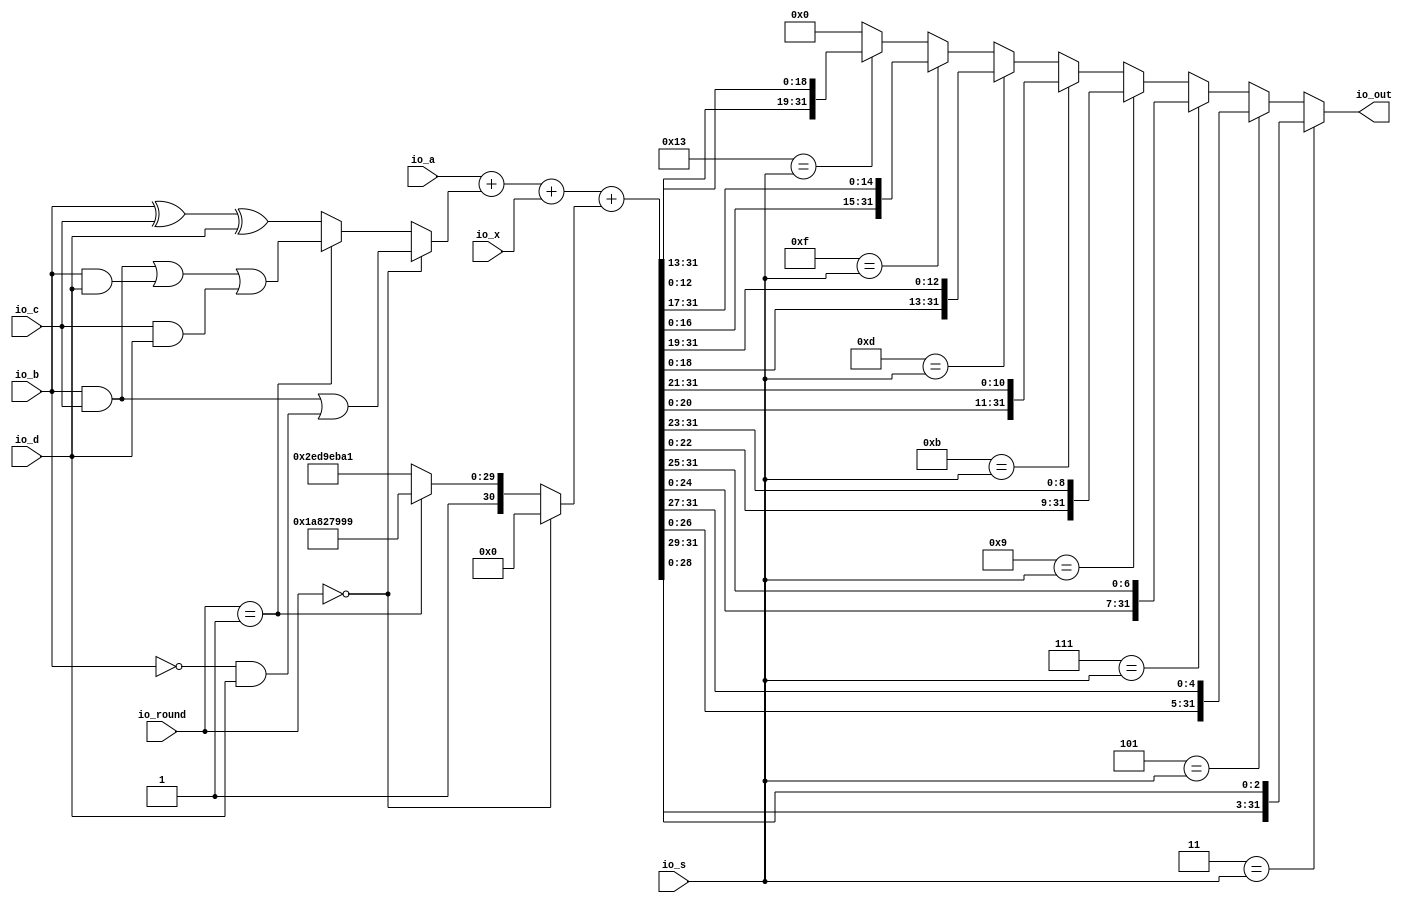
module Operation(
  input  [31:0] io_a,
  input  [31:0] io_b,
  input  [31:0] io_c,
  input  [31:0] io_d,
  input  [31:0] io_x,
  input  [4:0]  io_s,
  input  [1:0]  io_round,
  output [31:0] io_out
);
  wire [31:0] _T = io_b & io_c; // @[MD4FSM.scala 179:14]
  wire [31:0] _T_1 = ~io_b; // @[MD4FSM.scala 179:26]
  wire [31:0] _T_2 = _T_1 & io_d; // @[MD4FSM.scala 179:40]
  wire [31:0] F = _T | _T_2; // @[MD4FSM.scala 179:22]
  wire [31:0] _T_5 = io_b & io_d; // @[MD4FSM.scala 180:30]
  wire [31:0] _T_6 = _T | _T_5; // @[MD4FSM.scala 180:22]
  wire [31:0] _T_7 = io_c & io_d; // @[MD4FSM.scala 180:46]
  wire [31:0] G = _T_6 | _T_7; // @[MD4FSM.scala 180:38]
  wire [31:0] _T_9 = io_b ^ io_c; // @[MD4FSM.scala 181:13]
  wire [31:0] H = _T_9 ^ io_d; // @[MD4FSM.scala 181:20]
  wire [31:0] _GEN_0 = io_round == 2'h1 ? G : H; // @[MD4FSM.scala 188:33 MD4FSM.scala 189:15 MD4FSM.scala 192:15]
  wire [31:0] operation = io_round == 2'h0 ? F : _GEN_0; // @[MD4FSM.scala 185:26 MD4FSM.scala 186:15]
  wire [31:0] _T_12 = io_a + operation; // @[MD4FSM.scala 183:15]
  wire [31:0] _T_14 = _T_12 + io_x; // @[MD4FSM.scala 183:27]
  wire [30:0] _GEN_1 = io_round == 2'h1 ? 31'h5a827999 : 31'h6ed9eba1; // @[MD4FSM.scala 188:33 MD4FSM.scala 190:11 MD4FSM.scala 193:11]
  wire [30:0] _GEN_3 = io_round == 2'h0 ? 31'h0 : _GEN_1; // @[MD4FSM.scala 185:26 MD4FSM.scala 187:11]
  wire [31:0] const_ = {{1'd0}, _GEN_3}; // @[MD4FSM.scala 176:19]
  wire [31:0] sum = _T_14 + const_; // @[MD4FSM.scala 183:34]
  wire  _T_19 = 5'h3 == io_s; // @[Conditional.scala 37:30]
  wire [28:0] hi = sum[28:0]; // @[MD4FSM.scala 199:24]
  wire [2:0] lo = sum[31:29]; // @[MD4FSM.scala 199:36]
  wire [31:0] _T_20 = {hi,lo}; // @[Cat.scala 30:58]
  wire  _T_21 = 5'h5 == io_s; // @[Conditional.scala 37:30]
  wire [26:0] hi_1 = sum[26:0]; // @[MD4FSM.scala 202:24]
  wire [4:0] lo_1 = sum[31:27]; // @[MD4FSM.scala 202:36]
  wire [31:0] _T_22 = {hi_1,lo_1}; // @[Cat.scala 30:58]
  wire  _T_23 = 5'h7 == io_s; // @[Conditional.scala 37:30]
  wire [24:0] hi_2 = sum[24:0]; // @[MD4FSM.scala 205:24]
  wire [6:0] lo_2 = sum[31:25]; // @[MD4FSM.scala 205:36]
  wire [31:0] _T_24 = {hi_2,lo_2}; // @[Cat.scala 30:58]
  wire  _T_25 = 5'h9 == io_s; // @[Conditional.scala 37:30]
  wire [22:0] hi_3 = sum[22:0]; // @[MD4FSM.scala 208:24]
  wire [8:0] lo_3 = sum[31:23]; // @[MD4FSM.scala 208:36]
  wire [31:0] _T_26 = {hi_3,lo_3}; // @[Cat.scala 30:58]
  wire  _T_27 = 5'hb == io_s; // @[Conditional.scala 37:30]
  wire [20:0] hi_4 = sum[20:0]; // @[MD4FSM.scala 211:24]
  wire [10:0] lo_4 = sum[31:21]; // @[MD4FSM.scala 211:36]
  wire [31:0] _T_28 = {hi_4,lo_4}; // @[Cat.scala 30:58]
  wire  _T_29 = 5'hd == io_s; // @[Conditional.scala 37:30]
  wire [18:0] hi_5 = sum[18:0]; // @[MD4FSM.scala 214:24]
  wire [12:0] lo_5 = sum[31:19]; // @[MD4FSM.scala 214:36]
  wire [31:0] _T_30 = {hi_5,lo_5}; // @[Cat.scala 30:58]
  wire  _T_31 = 5'hf == io_s; // @[Conditional.scala 37:30]
  wire [16:0] hi_6 = sum[16:0]; // @[MD4FSM.scala 217:24]
  wire [14:0] lo_6 = sum[31:17]; // @[MD4FSM.scala 217:36]
  wire [31:0] _T_32 = {hi_6,lo_6}; // @[Cat.scala 30:58]
  wire  _T_33 = 5'h13 == io_s; // @[Conditional.scala 37:30]
  wire [12:0] hi_7 = sum[12:0]; // @[MD4FSM.scala 220:24]
  wire [18:0] lo_7 = sum[31:13]; // @[MD4FSM.scala 220:36]
  wire [31:0] _T_34 = {hi_7,lo_7}; // @[Cat.scala 30:58]
  wire [31:0] _GEN_4 = _T_33 ? _T_34 : 32'h0; // @[Conditional.scala 39:67 MD4FSM.scala 220:14 MD4FSM.scala 196:10]
  wire [31:0] _GEN_5 = _T_31 ? _T_32 : _GEN_4; // @[Conditional.scala 39:67 MD4FSM.scala 217:14]
  wire [31:0] _GEN_6 = _T_29 ? _T_30 : _GEN_5; // @[Conditional.scala 39:67 MD4FSM.scala 214:14]
  wire [31:0] _GEN_7 = _T_27 ? _T_28 : _GEN_6; // @[Conditional.scala 39:67 MD4FSM.scala 211:14]
  wire [31:0] _GEN_8 = _T_25 ? _T_26 : _GEN_7; // @[Conditional.scala 39:67 MD4FSM.scala 208:14]
  wire [31:0] _GEN_9 = _T_23 ? _T_24 : _GEN_8; // @[Conditional.scala 39:67 MD4FSM.scala 205:14]
  wire [31:0] _GEN_10 = _T_21 ? _T_22 : _GEN_9; // @[Conditional.scala 39:67 MD4FSM.scala 202:14]
  assign io_out = _T_19 ? _T_20 : _GEN_10; // @[Conditional.scala 40:58 MD4FSM.scala 199:14]
endmodule
module MappingX(
  input  [511:0] io_X,
  input  [1:0]   io_round,
  input  [4:0]   io_oper,
  output [31:0]  io_out
);
  wire  _T = 2'h0 == io_round; // @[Conditional.scala 37:30]
  wire  _T_1 = 5'h0 == io_oper; // @[Conditional.scala 37:30]
  wire  _T_3 = 5'h1 == io_oper; // @[Conditional.scala 37:30]
  wire  _T_5 = 5'h2 == io_oper; // @[Conditional.scala 37:30]
  wire  _T_7 = 5'h3 == io_oper; // @[Conditional.scala 37:30]
  wire  _T_9 = 5'h4 == io_oper; // @[Conditional.scala 37:30]
  wire  _T_11 = 5'h5 == io_oper; // @[Conditional.scala 37:30]
  wire  _T_13 = 5'h6 == io_oper; // @[Conditional.scala 37:30]
  wire  _T_15 = 5'h7 == io_oper; // @[Conditional.scala 37:30]
  wire  _T_17 = 5'h8 == io_oper; // @[Conditional.scala 37:30]
  wire  _T_19 = 5'h9 == io_oper; // @[Conditional.scala 37:30]
  wire  _T_21 = 5'ha == io_oper; // @[Conditional.scala 37:30]
  wire  _T_23 = 5'hb == io_oper; // @[Conditional.scala 37:30]
  wire  _T_25 = 5'hc == io_oper; // @[Conditional.scala 37:30]
  wire  _T_27 = 5'hd == io_oper; // @[Conditional.scala 37:30]
  wire  _T_29 = 5'he == io_oper; // @[Conditional.scala 37:30]
  wire [31:0] _GEN_1 = _T_29 ? io_X[63:32] : io_X[31:0]; // @[Conditional.scala 39:67 MD4FSM.scala 282:18]
  wire [31:0] _GEN_2 = _T_27 ? io_X[95:64] : _GEN_1; // @[Conditional.scala 39:67 MD4FSM.scala 279:18]
  wire [31:0] _GEN_3 = _T_25 ? io_X[127:96] : _GEN_2; // @[Conditional.scala 39:67 MD4FSM.scala 276:18]
  wire [31:0] _GEN_4 = _T_23 ? io_X[159:128] : _GEN_3; // @[Conditional.scala 39:67 MD4FSM.scala 273:18]
  wire [31:0] _GEN_5 = _T_21 ? io_X[191:160] : _GEN_4; // @[Conditional.scala 39:67 MD4FSM.scala 270:18]
  wire [31:0] _GEN_6 = _T_19 ? io_X[223:192] : _GEN_5; // @[Conditional.scala 39:67 MD4FSM.scala 267:18]
  wire [31:0] _GEN_7 = _T_17 ? io_X[255:224] : _GEN_6; // @[Conditional.scala 39:67 MD4FSM.scala 264:18]
  wire [31:0] _GEN_8 = _T_15 ? io_X[287:256] : _GEN_7; // @[Conditional.scala 39:67 MD4FSM.scala 261:18]
  wire [31:0] _GEN_9 = _T_13 ? io_X[319:288] : _GEN_8; // @[Conditional.scala 39:67 MD4FSM.scala 258:18]
  wire [31:0] _GEN_10 = _T_11 ? io_X[351:320] : _GEN_9; // @[Conditional.scala 39:67 MD4FSM.scala 255:18]
  wire [31:0] _GEN_11 = _T_9 ? io_X[383:352] : _GEN_10; // @[Conditional.scala 39:67 MD4FSM.scala 252:18]
  wire [31:0] _GEN_12 = _T_7 ? io_X[415:384] : _GEN_11; // @[Conditional.scala 39:67 MD4FSM.scala 249:18]
  wire [31:0] _GEN_13 = _T_5 ? io_X[447:416] : _GEN_12; // @[Conditional.scala 39:67 MD4FSM.scala 246:18]
  wire [31:0] _GEN_14 = _T_3 ? io_X[479:448] : _GEN_13; // @[Conditional.scala 39:67 MD4FSM.scala 243:18]
  wire [31:0] _GEN_15 = _T_1 ? io_X[511:480] : _GEN_14; // @[Conditional.scala 40:58 MD4FSM.scala 240:18]
  wire  _T_33 = 2'h1 == io_round; // @[Conditional.scala 37:30]
  wire [31:0] _GEN_17 = _T_29 ? io_X[159:128] : io_X[31:0]; // @[Conditional.scala 39:67 MD4FSM.scala 334:18]
  wire [31:0] _GEN_18 = _T_27 ? io_X[287:256] : _GEN_17; // @[Conditional.scala 39:67 MD4FSM.scala 331:18]
  wire [31:0] _GEN_19 = _T_25 ? io_X[415:384] : _GEN_18; // @[Conditional.scala 39:67 MD4FSM.scala 328:18]
  wire [31:0] _GEN_20 = _T_23 ? io_X[63:32] : _GEN_19; // @[Conditional.scala 39:67 MD4FSM.scala 325:18]
  wire [31:0] _GEN_21 = _T_21 ? io_X[191:160] : _GEN_20; // @[Conditional.scala 39:67 MD4FSM.scala 322:18]
  wire [31:0] _GEN_22 = _T_19 ? io_X[319:288] : _GEN_21; // @[Conditional.scala 39:67 MD4FSM.scala 319:18]
  wire [31:0] _GEN_23 = _T_17 ? io_X[447:416] : _GEN_22; // @[Conditional.scala 39:67 MD4FSM.scala 316:18]
  wire [31:0] _GEN_24 = _T_15 ? io_X[95:64] : _GEN_23; // @[Conditional.scala 39:67 MD4FSM.scala 313:18]
  wire [31:0] _GEN_25 = _T_13 ? io_X[223:192] : _GEN_24; // @[Conditional.scala 39:67 MD4FSM.scala 310:18]
  wire [31:0] _GEN_26 = _T_11 ? io_X[351:320] : _GEN_25; // @[Conditional.scala 39:67 MD4FSM.scala 307:18]
  wire [31:0] _GEN_27 = _T_9 ? io_X[479:448] : _GEN_26; // @[Conditional.scala 39:67 MD4FSM.scala 304:18]
  wire [31:0] _GEN_28 = _T_7 ? io_X[127:96] : _GEN_27; // @[Conditional.scala 39:67 MD4FSM.scala 301:18]
  wire [31:0] _GEN_29 = _T_5 ? io_X[255:224] : _GEN_28; // @[Conditional.scala 39:67 MD4FSM.scala 298:18]
  wire [31:0] _GEN_30 = _T_3 ? io_X[383:352] : _GEN_29; // @[Conditional.scala 39:67 MD4FSM.scala 295:18]
  wire [31:0] _GEN_31 = _T_1 ? io_X[511:480] : _GEN_30; // @[Conditional.scala 40:58 MD4FSM.scala 292:18]
  wire [31:0] _GEN_33 = _T_29 ? io_X[287:256] : io_X[31:0]; // @[Conditional.scala 39:67 MD4FSM.scala 386:18]
  wire [31:0] _GEN_34 = _T_27 ? io_X[159:128] : _GEN_33; // @[Conditional.scala 39:67 MD4FSM.scala 383:18]
  wire [31:0] _GEN_35 = _T_25 ? io_X[415:384] : _GEN_34; // @[Conditional.scala 39:67 MD4FSM.scala 380:18]
  wire [31:0] _GEN_36 = _T_23 ? io_X[95:64] : _GEN_35; // @[Conditional.scala 39:67 MD4FSM.scala 377:18]
  wire [31:0] _GEN_37 = _T_21 ? io_X[351:320] : _GEN_36; // @[Conditional.scala 39:67 MD4FSM.scala 374:18]
  wire [31:0] _GEN_38 = _T_19 ? io_X[223:192] : _GEN_37; // @[Conditional.scala 39:67 MD4FSM.scala 371:18]
  wire [31:0] _GEN_39 = _T_17 ? io_X[479:448] : _GEN_38; // @[Conditional.scala 39:67 MD4FSM.scala 368:18]
  wire [31:0] _GEN_40 = _T_15 ? io_X[63:32] : _GEN_39; // @[Conditional.scala 39:67 MD4FSM.scala 365:18]
  wire [31:0] _GEN_41 = _T_13 ? io_X[319:288] : _GEN_40; // @[Conditional.scala 39:67 MD4FSM.scala 362:18]
  wire [31:0] _GEN_42 = _T_11 ? io_X[191:160] : _GEN_41; // @[Conditional.scala 39:67 MD4FSM.scala 359:18]
  wire [31:0] _GEN_43 = _T_9 ? io_X[447:416] : _GEN_42; // @[Conditional.scala 39:67 MD4FSM.scala 356:18]
  wire [31:0] _GEN_44 = _T_7 ? io_X[127:96] : _GEN_43; // @[Conditional.scala 39:67 MD4FSM.scala 353:18]
  wire [31:0] _GEN_45 = _T_5 ? io_X[383:352] : _GEN_44; // @[Conditional.scala 39:67 MD4FSM.scala 350:18]
  wire [31:0] _GEN_46 = _T_3 ? io_X[255:224] : _GEN_45; // @[Conditional.scala 39:67 MD4FSM.scala 347:18]
  wire [31:0] _GEN_47 = _T_1 ? io_X[511:480] : _GEN_46; // @[Conditional.scala 40:58 MD4FSM.scala 344:18]
  wire [31:0] _GEN_49 = _T_33 ? _GEN_31 : _GEN_47; // @[Conditional.scala 39:67]
  assign io_out = _T ? _GEN_15 : _GEN_49; // @[Conditional.scala 40:58]
endmodule
module changeWordOrder(
  input  [31:0] io_in,
  output [31:0] io_out
);
  wire [7:0] byte0 = io_in[7:0]; // @[MD4FSM.scala 420:17]
  wire [7:0] byte1 = io_in[15:8]; // @[MD4FSM.scala 421:17]
  wire [7:0] byte2 = io_in[23:16]; // @[MD4FSM.scala 422:17]
  wire [7:0] byte3 = io_in[31:24]; // @[MD4FSM.scala 423:17]
  wire [15:0] lo = {byte2,byte3}; // @[Cat.scala 30:58]
  wire [15:0] hi = {byte0,byte1}; // @[Cat.scala 30:58]
  assign io_out = {hi,lo}; // @[Cat.scala 30:58]
endmodule
module changeWordsOrder(
  input  [511:0] io_in,
  output [511:0] io_out
);
  wire [31:0] changeWordOrder_io_in; // @[MD4FSM.scala 403:11]
  wire [31:0] changeWordOrder_io_out; // @[MD4FSM.scala 403:11]
  wire [31:0] changeWordOrder_1_io_in; // @[MD4FSM.scala 403:11]
  wire [31:0] changeWordOrder_1_io_out; // @[MD4FSM.scala 403:11]
  wire [31:0] changeWordOrder_2_io_in; // @[MD4FSM.scala 403:11]
  wire [31:0] changeWordOrder_2_io_out; // @[MD4FSM.scala 403:11]
  wire [31:0] changeWordOrder_3_io_in; // @[MD4FSM.scala 403:11]
  wire [31:0] changeWordOrder_3_io_out; // @[MD4FSM.scala 403:11]
  wire [31:0] changeWordOrder_4_io_in; // @[MD4FSM.scala 403:11]
  wire [31:0] changeWordOrder_4_io_out; // @[MD4FSM.scala 403:11]
  wire [31:0] changeWordOrder_5_io_in; // @[MD4FSM.scala 403:11]
  wire [31:0] changeWordOrder_5_io_out; // @[MD4FSM.scala 403:11]
  wire [31:0] changeWordOrder_6_io_in; // @[MD4FSM.scala 403:11]
  wire [31:0] changeWordOrder_6_io_out; // @[MD4FSM.scala 403:11]
  wire [31:0] changeWordOrder_7_io_in; // @[MD4FSM.scala 403:11]
  wire [31:0] changeWordOrder_7_io_out; // @[MD4FSM.scala 403:11]
  wire [31:0] changeWordOrder_8_io_in; // @[MD4FSM.scala 403:11]
  wire [31:0] changeWordOrder_8_io_out; // @[MD4FSM.scala 403:11]
  wire [31:0] changeWordOrder_9_io_in; // @[MD4FSM.scala 403:11]
  wire [31:0] changeWordOrder_9_io_out; // @[MD4FSM.scala 403:11]
  wire [31:0] changeWordOrder_10_io_in; // @[MD4FSM.scala 403:11]
  wire [31:0] changeWordOrder_10_io_out; // @[MD4FSM.scala 403:11]
  wire [31:0] changeWordOrder_11_io_in; // @[MD4FSM.scala 403:11]
  wire [31:0] changeWordOrder_11_io_out; // @[MD4FSM.scala 403:11]
  wire [31:0] changeWordOrder_12_io_in; // @[MD4FSM.scala 403:11]
  wire [31:0] changeWordOrder_12_io_out; // @[MD4FSM.scala 403:11]
  wire [31:0] changeWordOrder_13_io_in; // @[MD4FSM.scala 403:11]
  wire [31:0] changeWordOrder_13_io_out; // @[MD4FSM.scala 403:11]
  wire [31:0] changeWordOrder_14_io_in; // @[MD4FSM.scala 403:11]
  wire [31:0] changeWordOrder_14_io_out; // @[MD4FSM.scala 403:11]
  wire [31:0] changeWordOrder_15_io_in; // @[MD4FSM.scala 403:11]
  wire [31:0] changeWordOrder_15_io_out; // @[MD4FSM.scala 403:11]
  wire [31:0] PEs_1_out = changeWordOrder_1_io_out; // @[MD4FSM.scala 402:20 MD4FSM.scala 402:20]
  wire [31:0] PEs_0_out = changeWordOrder_io_out; // @[MD4FSM.scala 402:20 MD4FSM.scala 402:20]
  wire [31:0] PEs_3_out = changeWordOrder_3_io_out; // @[MD4FSM.scala 402:20 MD4FSM.scala 402:20]
  wire [31:0] PEs_2_out = changeWordOrder_2_io_out; // @[MD4FSM.scala 402:20 MD4FSM.scala 402:20]
  wire [31:0] PEs_5_out = changeWordOrder_5_io_out; // @[MD4FSM.scala 402:20 MD4FSM.scala 402:20]
  wire [31:0] PEs_4_out = changeWordOrder_4_io_out; // @[MD4FSM.scala 402:20 MD4FSM.scala 402:20]
  wire [31:0] PEs_7_out = changeWordOrder_7_io_out; // @[MD4FSM.scala 402:20 MD4FSM.scala 402:20]
  wire [31:0] PEs_6_out = changeWordOrder_6_io_out; // @[MD4FSM.scala 402:20 MD4FSM.scala 402:20]
  wire [255:0] lo = {PEs_7_out,PEs_6_out,PEs_5_out,PEs_4_out,PEs_3_out,PEs_2_out,PEs_1_out,PEs_0_out}; // @[Cat.scala 30:58]
  wire [31:0] PEs_9_out = changeWordOrder_9_io_out; // @[MD4FSM.scala 402:20 MD4FSM.scala 402:20]
  wire [31:0] PEs_8_out = changeWordOrder_8_io_out; // @[MD4FSM.scala 402:20 MD4FSM.scala 402:20]
  wire [31:0] PEs_11_out = changeWordOrder_11_io_out; // @[MD4FSM.scala 402:20 MD4FSM.scala 402:20]
  wire [31:0] PEs_10_out = changeWordOrder_10_io_out; // @[MD4FSM.scala 402:20 MD4FSM.scala 402:20]
  wire [31:0] PEs_13_out = changeWordOrder_13_io_out; // @[MD4FSM.scala 402:20 MD4FSM.scala 402:20]
  wire [31:0] PEs_12_out = changeWordOrder_12_io_out; // @[MD4FSM.scala 402:20 MD4FSM.scala 402:20]
  wire [31:0] PEs_15_out = changeWordOrder_15_io_out; // @[MD4FSM.scala 402:20 MD4FSM.scala 402:20]
  wire [31:0] PEs_14_out = changeWordOrder_14_io_out; // @[MD4FSM.scala 402:20 MD4FSM.scala 402:20]
  wire [255:0] hi = {PEs_15_out,PEs_14_out,PEs_13_out,PEs_12_out,PEs_11_out,PEs_10_out,PEs_9_out,PEs_8_out}; // @[Cat.scala 30:58]
  changeWordOrder changeWordOrder ( // @[MD4FSM.scala 403:11]
    .io_in(changeWordOrder_io_in),
    .io_out(changeWordOrder_io_out)
  );
  changeWordOrder changeWordOrder_1 ( // @[MD4FSM.scala 403:11]
    .io_in(changeWordOrder_1_io_in),
    .io_out(changeWordOrder_1_io_out)
  );
  changeWordOrder changeWordOrder_2 ( // @[MD4FSM.scala 403:11]
    .io_in(changeWordOrder_2_io_in),
    .io_out(changeWordOrder_2_io_out)
  );
  changeWordOrder changeWordOrder_3 ( // @[MD4FSM.scala 403:11]
    .io_in(changeWordOrder_3_io_in),
    .io_out(changeWordOrder_3_io_out)
  );
  changeWordOrder changeWordOrder_4 ( // @[MD4FSM.scala 403:11]
    .io_in(changeWordOrder_4_io_in),
    .io_out(changeWordOrder_4_io_out)
  );
  changeWordOrder changeWordOrder_5 ( // @[MD4FSM.scala 403:11]
    .io_in(changeWordOrder_5_io_in),
    .io_out(changeWordOrder_5_io_out)
  );
  changeWordOrder changeWordOrder_6 ( // @[MD4FSM.scala 403:11]
    .io_in(changeWordOrder_6_io_in),
    .io_out(changeWordOrder_6_io_out)
  );
  changeWordOrder changeWordOrder_7 ( // @[MD4FSM.scala 403:11]
    .io_in(changeWordOrder_7_io_in),
    .io_out(changeWordOrder_7_io_out)
  );
  changeWordOrder changeWordOrder_8 ( // @[MD4FSM.scala 403:11]
    .io_in(changeWordOrder_8_io_in),
    .io_out(changeWordOrder_8_io_out)
  );
  changeWordOrder changeWordOrder_9 ( // @[MD4FSM.scala 403:11]
    .io_in(changeWordOrder_9_io_in),
    .io_out(changeWordOrder_9_io_out)
  );
  changeWordOrder changeWordOrder_10 ( // @[MD4FSM.scala 403:11]
    .io_in(changeWordOrder_10_io_in),
    .io_out(changeWordOrder_10_io_out)
  );
  changeWordOrder changeWordOrder_11 ( // @[MD4FSM.scala 403:11]
    .io_in(changeWordOrder_11_io_in),
    .io_out(changeWordOrder_11_io_out)
  );
  changeWordOrder changeWordOrder_12 ( // @[MD4FSM.scala 403:11]
    .io_in(changeWordOrder_12_io_in),
    .io_out(changeWordOrder_12_io_out)
  );
  changeWordOrder changeWordOrder_13 ( // @[MD4FSM.scala 403:11]
    .io_in(changeWordOrder_13_io_in),
    .io_out(changeWordOrder_13_io_out)
  );
  changeWordOrder changeWordOrder_14 ( // @[MD4FSM.scala 403:11]
    .io_in(changeWordOrder_14_io_in),
    .io_out(changeWordOrder_14_io_out)
  );
  changeWordOrder changeWordOrder_15 ( // @[MD4FSM.scala 403:11]
    .io_in(changeWordOrder_15_io_in),
    .io_out(changeWordOrder_15_io_out)
  );
  assign io_out = {hi,lo}; // @[Cat.scala 30:58]
  assign changeWordOrder_io_in = io_in[31:0]; // @[MD4FSM.scala 406:23]
  assign changeWordOrder_1_io_in = io_in[63:32]; // @[MD4FSM.scala 406:23]
  assign changeWordOrder_2_io_in = io_in[95:64]; // @[MD4FSM.scala 406:23]
  assign changeWordOrder_3_io_in = io_in[127:96]; // @[MD4FSM.scala 406:23]
  assign changeWordOrder_4_io_in = io_in[159:128]; // @[MD4FSM.scala 406:23]
  assign changeWordOrder_5_io_in = io_in[191:160]; // @[MD4FSM.scala 406:23]
  assign changeWordOrder_6_io_in = io_in[223:192]; // @[MD4FSM.scala 406:23]
  assign changeWordOrder_7_io_in = io_in[255:224]; // @[MD4FSM.scala 406:23]
  assign changeWordOrder_8_io_in = io_in[287:256]; // @[MD4FSM.scala 406:23]
  assign changeWordOrder_9_io_in = io_in[319:288]; // @[MD4FSM.scala 406:23]
  assign changeWordOrder_10_io_in = io_in[351:320]; // @[MD4FSM.scala 406:23]
  assign changeWordOrder_11_io_in = io_in[383:352]; // @[MD4FSM.scala 406:23]
  assign changeWordOrder_12_io_in = io_in[415:384]; // @[MD4FSM.scala 406:23]
  assign changeWordOrder_13_io_in = io_in[447:416]; // @[MD4FSM.scala 406:23]
  assign changeWordOrder_14_io_in = io_in[479:448]; // @[MD4FSM.scala 406:23]
  assign changeWordOrder_15_io_in = io_in[511:480]; // @[MD4FSM.scala 406:23]
endmodule
module MD4FSM(
  input          clock,
  input          reset,
  output         io_data_ready,
  input          io_data_valid,
  input  [511:0] io_data_bits,
  output         io_extraDataNum_ready,
  input          io_extraDataNum_valid,
  input  [1:0]   io_extraDataNum_bits,
  input          io_hash_ready,
  output         io_hash_valid,
  output [127:0] io_hash_bits
);
`ifdef RANDOMIZE_REG_INIT
  reg [31:0] _RAND_0;
  reg [31:0] _RAND_1;
  reg [31:0] _RAND_2;
  reg [31:0] _RAND_3;
  reg [31:0] _RAND_4;
  reg [31:0] _RAND_5;
  reg [31:0] _RAND_6;
  reg [31:0] _RAND_7;
  reg [31:0] _RAND_8;
  reg [31:0] _RAND_9;
  reg [31:0] _RAND_10;
  reg [511:0] _RAND_11;
  reg [31:0] _RAND_12;
`endif // RANDOMIZE_REG_INIT
  wire [31:0] m_io_a; // @[MD4FSM.scala 22:17]
  wire [31:0] m_io_b; // @[MD4FSM.scala 22:17]
  wire [31:0] m_io_c; // @[MD4FSM.scala 22:17]
  wire [31:0] m_io_d; // @[MD4FSM.scala 22:17]
  wire [31:0] m_io_x; // @[MD4FSM.scala 22:17]
  wire [4:0] m_io_s; // @[MD4FSM.scala 22:17]
  wire [1:0] m_io_round; // @[MD4FSM.scala 22:17]
  wire [31:0] m_io_out; // @[MD4FSM.scala 22:17]
  wire [511:0] map_io_X; // @[MD4FSM.scala 31:19]
  wire [1:0] map_io_round; // @[MD4FSM.scala 31:19]
  wire [4:0] map_io_oper; // @[MD4FSM.scala 31:19]
  wire [31:0] map_io_out; // @[MD4FSM.scala 31:19]
  wire [511:0] change1_io_in; // @[MD4FSM.scala 37:23]
  wire [511:0] change1_io_out; // @[MD4FSM.scala 37:23]
  wire [511:0] change2_io_in; // @[MD4FSM.scala 40:23]
  wire [511:0] change2_io_out; // @[MD4FSM.scala 40:23]
  reg [2:0] stateReg; // @[MD4FSM.scala 14:25]
  reg [1:0] roundReg; // @[MD4FSM.scala 15:25]
  reg [4:0] operReg; // @[MD4FSM.scala 16:24]
  reg [31:0] A; // @[MD4FSM.scala 17:43]
  reg [31:0] B; // @[MD4FSM.scala 17:43]
  reg [31:0] C; // @[MD4FSM.scala 17:43]
  reg [31:0] D; // @[MD4FSM.scala 17:43]
  reg [31:0] AA; // @[MD4FSM.scala 17:43]
  reg [31:0] BB; // @[MD4FSM.scala 17:43]
  reg [31:0] CC; // @[MD4FSM.scala 17:43]
  reg [31:0] DD; // @[MD4FSM.scala 17:43]
  reg [511:0] X; // @[MD4FSM.scala 18:18]
  reg [1:0] extraDataNumReg; // @[MD4FSM.scala 20:32]
  wire [127:0] _T = {A,B,C,D}; // @[Cat.scala 30:58]
  wire  _T_2 = stateReg == 3'h0; // @[MD4FSM.scala 45:37]
  wire  _T_6 = 3'h0 == stateReg; // @[Conditional.scala 37:30]
  wire [1:0] _T_8 = io_extraDataNum_bits + 2'h1; // @[MD4FSM.scala 66:51]
  wire [1:0] _GEN_0 = io_data_valid ? 2'h0 : roundReg; // @[MD4FSM.scala 55:29 MD4FSM.scala 56:20 MD4FSM.scala 15:25]
  wire [4:0] _GEN_1 = io_data_valid ? 5'h0 : operReg; // @[MD4FSM.scala 55:29 MD4FSM.scala 57:19 MD4FSM.scala 16:24]
  wire [511:0] _GEN_3 = io_data_valid ? change1_io_out : X; // @[MD4FSM.scala 55:29 MD4FSM.scala 59:13 MD4FSM.scala 18:18]
  wire  _T_9 = 3'h1 == stateReg; // @[Conditional.scala 37:30]
  wire [1:0] _T_11 = extraDataNumReg - 2'h1; // @[MD4FSM.scala 75:44]
  wire  _T_12 = 3'h2 == stateReg; // @[Conditional.scala 37:30]
  wire [4:0] _GEN_2 = operReg % 5'h4; // @[MD4FSM.scala 85:21]
  wire [2:0] _T_13 = _GEN_2[2:0]; // @[MD4FSM.scala 85:21]
  wire  _T_17 = 2'h0 == roundReg; // @[Conditional.scala 37:30]
  wire  _T_18 = 2'h1 == roundReg; // @[Conditional.scala 37:30]
  wire [3:0] _GEN_29 = _T_18 ? 4'h5 : 4'h9; // @[Conditional.scala 39:67 MD4FSM.scala 95:20]
  wire [3:0] _GEN_30 = _T_17 ? 4'h7 : _GEN_29; // @[Conditional.scala 40:58 MD4FSM.scala 92:20]
  wire [3:0] _GEN_32 = _T_18 ? 4'h9 : 4'hb; // @[Conditional.scala 39:67 MD4FSM.scala 108:20]
  wire [3:0] _GEN_33 = _T_17 ? 4'hb : _GEN_32; // @[Conditional.scala 40:58 MD4FSM.scala 105:20]
  wire [3:0] _GEN_35 = _T_18 ? 4'hd : 4'hf; // @[Conditional.scala 39:67 MD4FSM.scala 121:20]
  wire [4:0] _GEN_36 = _T_17 ? 5'h13 : {{1'd0}, _GEN_35}; // @[Conditional.scala 40:58 MD4FSM.scala 118:20]
  wire [31:0] _GEN_37 = _T_13 == 3'h2 ? C : B; // @[MD4FSM.scala 101:44 MD4FSM.scala 102:16 MD4FSM.scala 115:16]
  wire [31:0] _GEN_38 = _T_13 == 3'h2 ? D : C; // @[MD4FSM.scala 101:44 MD4FSM.scala 102:29 MD4FSM.scala 115:29]
  wire [31:0] _GEN_39 = _T_13 == 3'h2 ? A : D; // @[MD4FSM.scala 101:44 MD4FSM.scala 102:42 MD4FSM.scala 115:42]
  wire [31:0] _GEN_40 = _T_13 == 3'h2 ? B : A; // @[MD4FSM.scala 101:44 MD4FSM.scala 102:55 MD4FSM.scala 115:55]
  wire [31:0] _GEN_41 = _T_13 == 3'h2 ? m_io_out : C; // @[MD4FSM.scala 101:44 MD4FSM.scala 102:63 MD4FSM.scala 17:43]
  wire [4:0] _GEN_42 = _T_13 == 3'h2 ? {{1'd0}, _GEN_33} : _GEN_36; // @[MD4FSM.scala 101:44]
  wire [31:0] _GEN_43 = _T_13 == 3'h2 ? B : m_io_out; // @[MD4FSM.scala 101:44 MD4FSM.scala 17:43 MD4FSM.scala 115:63]
  wire [31:0] _GEN_44 = _T_13 == 3'h1 ? D : _GEN_37; // @[MD4FSM.scala 88:44 MD4FSM.scala 89:16]
  wire [31:0] _GEN_45 = _T_13 == 3'h1 ? A : _GEN_38; // @[MD4FSM.scala 88:44 MD4FSM.scala 89:29]
  wire [31:0] _GEN_46 = _T_13 == 3'h1 ? B : _GEN_39; // @[MD4FSM.scala 88:44 MD4FSM.scala 89:42]
  wire [31:0] _GEN_47 = _T_13 == 3'h1 ? C : _GEN_40; // @[MD4FSM.scala 88:44 MD4FSM.scala 89:55]
  wire [31:0] _GEN_48 = _T_13 == 3'h1 ? m_io_out : D; // @[MD4FSM.scala 88:44 MD4FSM.scala 89:63 MD4FSM.scala 17:43]
  wire [4:0] _GEN_49 = _T_13 == 3'h1 ? {{1'd0}, _GEN_30} : _GEN_42; // @[MD4FSM.scala 88:44]
  wire [31:0] _GEN_50 = _T_13 == 3'h1 ? C : _GEN_41; // @[MD4FSM.scala 88:44 MD4FSM.scala 17:43]
  wire [31:0] _GEN_51 = _T_13 == 3'h1 ? B : _GEN_43; // @[MD4FSM.scala 88:44 MD4FSM.scala 17:43]
  wire [31:0] _GEN_56 = _T_13 == 3'h0 ? m_io_out : A; // @[MD4FSM.scala 85:37 MD4FSM.scala 86:63 MD4FSM.scala 17:43]
  wire [31:0] _GEN_58 = _T_13 == 3'h0 ? D : _GEN_48; // @[MD4FSM.scala 85:37 MD4FSM.scala 17:43]
  wire [31:0] _GEN_59 = _T_13 == 3'h0 ? C : _GEN_50; // @[MD4FSM.scala 85:37 MD4FSM.scala 17:43]
  wire [31:0] _GEN_60 = _T_13 == 3'h0 ? B : _GEN_51; // @[MD4FSM.scala 85:37 MD4FSM.scala 17:43]
  wire [1:0] _T_31 = roundReg + 2'h1; // @[MD4FSM.scala 134:32]
  wire [2:0] _GEN_61 = roundReg == 2'h2 ? 3'h3 : stateReg; // @[MD4FSM.scala 131:32 MD4FSM.scala 132:20 MD4FSM.scala 14:25]
  wire [1:0] _GEN_62 = roundReg == 2'h2 ? roundReg : _T_31; // @[MD4FSM.scala 131:32 MD4FSM.scala 15:25 MD4FSM.scala 134:20]
  wire [4:0] _T_33 = operReg + 5'h1; // @[MD4FSM.scala 137:28]
  wire [4:0] _GEN_63 = operReg == 5'hf ? 5'h0 : _T_33; // @[MD4FSM.scala 129:30 MD4FSM.scala 130:17 MD4FSM.scala 137:17]
  wire [2:0] _GEN_64 = operReg == 5'hf ? _GEN_61 : stateReg; // @[MD4FSM.scala 129:30 MD4FSM.scala 14:25]
  wire [1:0] _GEN_65 = operReg == 5'hf ? _GEN_62 : roundReg; // @[MD4FSM.scala 129:30 MD4FSM.scala 15:25]
  wire  _T_34 = 3'h3 == stateReg; // @[Conditional.scala 37:30]
  wire [31:0] _hi_T_1 = A + AA; // @[MD4FSM.scala 141:14]
  wire [31:0] _lo_T_1 = B + BB; // @[MD4FSM.scala 142:14]
  wire [31:0] _hi_T_3 = C + CC; // @[MD4FSM.scala 143:14]
  wire [31:0] _lo_T_3 = D + DD; // @[MD4FSM.scala 144:14]
  wire [2:0] _GEN_66 = extraDataNumReg == 2'h0 ? 3'h4 : 3'h1; // @[MD4FSM.scala 145:37 MD4FSM.scala 146:18 MD4FSM.scala 148:18]
  wire  _T_36 = 3'h4 == stateReg; // @[Conditional.scala 37:30]
  wire [2:0] _GEN_67 = io_hash_ready ? 3'h0 : stateReg; // @[MD4FSM.scala 152:27 MD4FSM.scala 153:20 MD4FSM.scala 14:25]
  wire [2:0] _GEN_68 = _T_36 ? _GEN_67 : stateReg; // @[Conditional.scala 39:67 MD4FSM.scala 14:25]
  wire [31:0] _GEN_69 = _T_34 ? _hi_T_1 : A; // @[Conditional.scala 39:67 MD4FSM.scala 141:9 MD4FSM.scala 17:43]
  wire [31:0] _GEN_70 = _T_34 ? _lo_T_1 : B; // @[Conditional.scala 39:67 MD4FSM.scala 142:9 MD4FSM.scala 17:43]
  wire [31:0] _GEN_71 = _T_34 ? _hi_T_3 : C; // @[Conditional.scala 39:67 MD4FSM.scala 143:9 MD4FSM.scala 17:43]
  wire [31:0] _GEN_72 = _T_34 ? _lo_T_3 : D; // @[Conditional.scala 39:67 MD4FSM.scala 144:9 MD4FSM.scala 17:43]
  wire [2:0] _GEN_73 = _T_34 ? _GEN_66 : _GEN_68; // @[Conditional.scala 39:67]
  Operation m ( // @[MD4FSM.scala 22:17]
    .io_a(m_io_a),
    .io_b(m_io_b),
    .io_c(m_io_c),
    .io_d(m_io_d),
    .io_x(m_io_x),
    .io_s(m_io_s),
    .io_round(m_io_round),
    .io_out(m_io_out)
  );
  MappingX map ( // @[MD4FSM.scala 31:19]
    .io_X(map_io_X),
    .io_round(map_io_round),
    .io_oper(map_io_oper),
    .io_out(map_io_out)
  );
  changeWordsOrder change1 ( // @[MD4FSM.scala 37:23]
    .io_in(change1_io_in),
    .io_out(change1_io_out)
  );
  changeWordsOrder change2 ( // @[MD4FSM.scala 40:23]
    .io_in(change2_io_in),
    .io_out(change2_io_out)
  );
  assign io_data_ready = _T_2 | stateReg == 3'h1; // @[MD4FSM.scala 46:49]
  assign io_extraDataNum_ready = stateReg == 3'h0; // @[MD4FSM.scala 45:37]
  assign io_hash_valid = stateReg == 3'h4; // @[MD4FSM.scala 43:29]
  assign io_hash_bits = change2_io_out[127:0]; // @[MD4FSM.scala 44:16]
  assign m_io_a = _T_13 == 3'h0 ? A : _GEN_44; // @[MD4FSM.scala 85:37 MD4FSM.scala 86:16]
  assign m_io_b = _T_13 == 3'h0 ? B : _GEN_45; // @[MD4FSM.scala 85:37 MD4FSM.scala 86:29]
  assign m_io_c = _T_13 == 3'h0 ? C : _GEN_46; // @[MD4FSM.scala 85:37 MD4FSM.scala 86:42]
  assign m_io_d = _T_13 == 3'h0 ? D : _GEN_47; // @[MD4FSM.scala 85:37 MD4FSM.scala 86:55]
  assign m_io_x = map_io_out; // @[MD4FSM.scala 32:10]
  assign m_io_s = _T_13 == 3'h0 ? 5'h3 : _GEN_49; // @[MD4FSM.scala 85:37 MD4FSM.scala 87:16]
  assign m_io_round = roundReg; // @[MD4FSM.scala 29:14]
  assign map_io_X = X; // @[MD4FSM.scala 33:12]
  assign map_io_round = roundReg; // @[MD4FSM.scala 34:16]
  assign map_io_oper = operReg; // @[MD4FSM.scala 35:15]
  assign change1_io_in = io_data_bits; // @[MD4FSM.scala 38:17]
  assign change2_io_in = {{384'd0}, _T}; // @[Cat.scala 30:58]
  always @(posedge clock) begin
    if (reset) begin // @[MD4FSM.scala 14:25]
      stateReg <= 3'h0; // @[MD4FSM.scala 14:25]
    end else if (_T_6) begin // @[Conditional.scala 40:58]
      if (io_extraDataNum_valid) begin // @[MD4FSM.scala 50:35]
        if (io_data_valid) begin // @[MD4FSM.scala 55:29]
          stateReg <= 3'h2; // @[MD4FSM.scala 64:20]
        end else begin
          stateReg <= 3'h1; // @[MD4FSM.scala 67:20]
        end
      end
    end else if (_T_9) begin // @[Conditional.scala 39:67]
      if (io_data_valid) begin // @[MD4FSM.scala 72:27]
        stateReg <= 3'h2; // @[MD4FSM.scala 81:18]
      end
    end else if (_T_12) begin // @[Conditional.scala 39:67]
      stateReg <= _GEN_64;
    end else begin
      stateReg <= _GEN_73;
    end
    if (reset) begin // @[MD4FSM.scala 15:25]
      roundReg <= 2'h0; // @[MD4FSM.scala 15:25]
    end else if (_T_6) begin // @[Conditional.scala 40:58]
      if (io_extraDataNum_valid) begin // @[MD4FSM.scala 50:35]
        roundReg <= _GEN_0;
      end
    end else if (_T_9) begin // @[Conditional.scala 39:67]
      roundReg <= _GEN_0;
    end else if (_T_12) begin // @[Conditional.scala 39:67]
      roundReg <= _GEN_65;
    end
    if (reset) begin // @[MD4FSM.scala 16:24]
      operReg <= 5'h0; // @[MD4FSM.scala 16:24]
    end else if (_T_6) begin // @[Conditional.scala 40:58]
      if (io_extraDataNum_valid) begin // @[MD4FSM.scala 50:35]
        operReg <= _GEN_1;
      end
    end else if (_T_9) begin // @[Conditional.scala 39:67]
      operReg <= _GEN_1;
    end else if (_T_12) begin // @[Conditional.scala 39:67]
      operReg <= _GEN_63;
    end
    if (reset) begin // @[MD4FSM.scala 17:43]
      A <= 32'h0; // @[MD4FSM.scala 17:43]
    end else if (_T_6) begin // @[Conditional.scala 40:58]
      if (io_extraDataNum_valid) begin // @[MD4FSM.scala 50:35]
        A <= 32'h67452301; // @[MD4FSM.scala 51:11]
      end
    end else if (!(_T_9)) begin // @[Conditional.scala 39:67]
      if (_T_12) begin // @[Conditional.scala 39:67]
        A <= _GEN_56;
      end else begin
        A <= _GEN_69;
      end
    end
    if (reset) begin // @[MD4FSM.scala 17:43]
      B <= 32'h0; // @[MD4FSM.scala 17:43]
    end else if (_T_6) begin // @[Conditional.scala 40:58]
      if (io_extraDataNum_valid) begin // @[MD4FSM.scala 50:35]
        B <= 32'hefcdab89; // @[MD4FSM.scala 52:11]
      end
    end else if (!(_T_9)) begin // @[Conditional.scala 39:67]
      if (_T_12) begin // @[Conditional.scala 39:67]
        B <= _GEN_60;
      end else begin
        B <= _GEN_70;
      end
    end
    if (reset) begin // @[MD4FSM.scala 17:43]
      C <= 32'h0; // @[MD4FSM.scala 17:43]
    end else if (_T_6) begin // @[Conditional.scala 40:58]
      if (io_extraDataNum_valid) begin // @[MD4FSM.scala 50:35]
        C <= 32'h98badcfe; // @[MD4FSM.scala 53:11]
      end
    end else if (!(_T_9)) begin // @[Conditional.scala 39:67]
      if (_T_12) begin // @[Conditional.scala 39:67]
        C <= _GEN_59;
      end else begin
        C <= _GEN_71;
      end
    end
    if (reset) begin // @[MD4FSM.scala 17:43]
      D <= 32'h0; // @[MD4FSM.scala 17:43]
    end else if (_T_6) begin // @[Conditional.scala 40:58]
      if (io_extraDataNum_valid) begin // @[MD4FSM.scala 50:35]
        D <= 32'h10325476; // @[MD4FSM.scala 54:11]
      end
    end else if (!(_T_9)) begin // @[Conditional.scala 39:67]
      if (_T_12) begin // @[Conditional.scala 39:67]
        D <= _GEN_58;
      end else begin
        D <= _GEN_72;
      end
    end
    if (reset) begin // @[MD4FSM.scala 17:43]
      AA <= 32'h0; // @[MD4FSM.scala 17:43]
    end else if (_T_6) begin // @[Conditional.scala 40:58]
      if (io_extraDataNum_valid) begin // @[MD4FSM.scala 50:35]
        if (io_data_valid) begin // @[MD4FSM.scala 55:29]
          AA <= 32'h67452301; // @[MD4FSM.scala 60:14]
        end
      end
    end else if (_T_9) begin // @[Conditional.scala 39:67]
      if (io_data_valid) begin // @[MD4FSM.scala 72:27]
        AA <= A; // @[MD4FSM.scala 77:12]
      end
    end
    if (reset) begin // @[MD4FSM.scala 17:43]
      BB <= 32'h0; // @[MD4FSM.scala 17:43]
    end else if (_T_6) begin // @[Conditional.scala 40:58]
      if (io_extraDataNum_valid) begin // @[MD4FSM.scala 50:35]
        if (io_data_valid) begin // @[MD4FSM.scala 55:29]
          BB <= 32'hefcdab89; // @[MD4FSM.scala 61:14]
        end
      end
    end else if (_T_9) begin // @[Conditional.scala 39:67]
      if (io_data_valid) begin // @[MD4FSM.scala 72:27]
        BB <= B; // @[MD4FSM.scala 78:12]
      end
    end
    if (reset) begin // @[MD4FSM.scala 17:43]
      CC <= 32'h0; // @[MD4FSM.scala 17:43]
    end else if (_T_6) begin // @[Conditional.scala 40:58]
      if (io_extraDataNum_valid) begin // @[MD4FSM.scala 50:35]
        if (io_data_valid) begin // @[MD4FSM.scala 55:29]
          CC <= 32'h98badcfe; // @[MD4FSM.scala 62:14]
        end
      end
    end else if (_T_9) begin // @[Conditional.scala 39:67]
      if (io_data_valid) begin // @[MD4FSM.scala 72:27]
        CC <= C; // @[MD4FSM.scala 79:12]
      end
    end
    if (reset) begin // @[MD4FSM.scala 17:43]
      DD <= 32'h0; // @[MD4FSM.scala 17:43]
    end else if (_T_6) begin // @[Conditional.scala 40:58]
      if (io_extraDataNum_valid) begin // @[MD4FSM.scala 50:35]
        if (io_data_valid) begin // @[MD4FSM.scala 55:29]
          DD <= 32'h10325476; // @[MD4FSM.scala 63:14]
        end
      end
    end else if (_T_9) begin // @[Conditional.scala 39:67]
      if (io_data_valid) begin // @[MD4FSM.scala 72:27]
        DD <= D; // @[MD4FSM.scala 80:12]
      end
    end
    if (reset) begin // @[MD4FSM.scala 18:18]
      X <= 512'h0; // @[MD4FSM.scala 18:18]
    end else if (_T_6) begin // @[Conditional.scala 40:58]
      if (io_extraDataNum_valid) begin // @[MD4FSM.scala 50:35]
        X <= _GEN_3;
      end
    end else if (_T_9) begin // @[Conditional.scala 39:67]
      X <= _GEN_3;
    end
    if (reset) begin // @[MD4FSM.scala 20:32]
      extraDataNumReg <= 2'h0; // @[MD4FSM.scala 20:32]
    end else if (_T_6) begin // @[Conditional.scala 40:58]
      if (io_extraDataNum_valid) begin // @[MD4FSM.scala 50:35]
        if (io_data_valid) begin // @[MD4FSM.scala 55:29]
          extraDataNumReg <= io_extraDataNum_bits; // @[MD4FSM.scala 58:27]
        end else begin
          extraDataNumReg <= _T_8; // @[MD4FSM.scala 66:27]
        end
      end
    end else if (_T_9) begin // @[Conditional.scala 39:67]
      if (io_data_valid) begin // @[MD4FSM.scala 72:27]
        extraDataNumReg <= _T_11; // @[MD4FSM.scala 75:25]
      end
    end
  end
// Register and memory initialization
`ifdef RANDOMIZE_GARBAGE_ASSIGN
`define RANDOMIZE
`endif
`ifdef RANDOMIZE_INVALID_ASSIGN
`define RANDOMIZE
`endif
`ifdef RANDOMIZE_REG_INIT
`define RANDOMIZE
`endif
`ifdef RANDOMIZE_MEM_INIT
`define RANDOMIZE
`endif
`ifndef RANDOM
`define RANDOM $random
`endif
`ifdef RANDOMIZE_MEM_INIT
  integer initvar;
`endif
`ifndef SYNTHESIS
`ifdef FIRRTL_BEFORE_INITIAL
`FIRRTL_BEFORE_INITIAL
`endif
initial begin
  `ifdef RANDOMIZE
    `ifdef INIT_RANDOM
      `INIT_RANDOM
    `endif
    `ifndef VERILATOR
      `ifdef RANDOMIZE_DELAY
        #`RANDOMIZE_DELAY begin end
      `else
        #0.002 begin end
      `endif
    `endif
`ifdef RANDOMIZE_REG_INIT
  _RAND_0 = {1{`RANDOM}};
  stateReg = _RAND_0[2:0];
  _RAND_1 = {1{`RANDOM}};
  roundReg = _RAND_1[1:0];
  _RAND_2 = {1{`RANDOM}};
  operReg = _RAND_2[4:0];
  _RAND_3 = {1{`RANDOM}};
  A = _RAND_3[31:0];
  _RAND_4 = {1{`RANDOM}};
  B = _RAND_4[31:0];
  _RAND_5 = {1{`RANDOM}};
  C = _RAND_5[31:0];
  _RAND_6 = {1{`RANDOM}};
  D = _RAND_6[31:0];
  _RAND_7 = {1{`RANDOM}};
  AA = _RAND_7[31:0];
  _RAND_8 = {1{`RANDOM}};
  BB = _RAND_8[31:0];
  _RAND_9 = {1{`RANDOM}};
  CC = _RAND_9[31:0];
  _RAND_10 = {1{`RANDOM}};
  DD = _RAND_10[31:0];
  _RAND_11 = {16{`RANDOM}};
  X = _RAND_11[511:0];
  _RAND_12 = {1{`RANDOM}};
  extraDataNumReg = _RAND_12[1:0];
`endif // RANDOMIZE_REG_INIT
  `endif // RANDOMIZE
end // initial
`ifdef FIRRTL_AFTER_INITIAL
`FIRRTL_AFTER_INITIAL
`endif
`endif // SYNTHESIS
endmodule